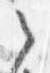
之